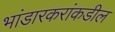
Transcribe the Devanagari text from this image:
भांडारकरांकडील